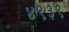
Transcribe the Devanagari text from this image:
४९३९